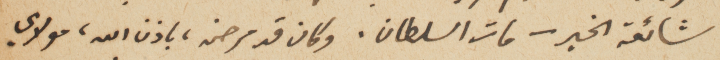
شائعة الخبر – مات السلطان. وكان قد مرض، باذن الله، مولاي